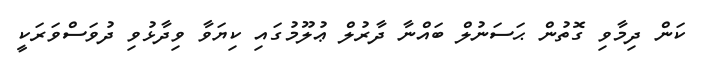
ކަން ދިމާވި ގޮތުން ޙަސަނުލް ބައްނާ ދާރުލް ޢުލޫމުގައި ކިޔަވާ ވިދާޅުވި ދުވަސްވަރަކީ